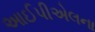
આઈપીએલના